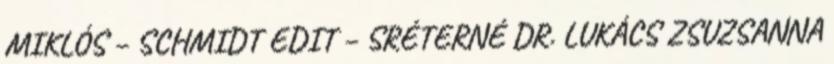
MIKLÓS – SCHMIDT EDIT – SRÉTERNÉ DR. LUKÁCS ZSUZSANNA